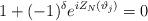
LaTeX: \begin{align*}1+(-1)^{\delta }e^{iZ_{N}(\vartheta _{j})}=0\end{align*}